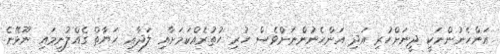
އަންހެނުންނަކީ ދީނަށްހުރި އަދި އަންހެނުންނަށްވެސް ހުރި ހުތުރެއްކަމަށާއި ލަދާއި ޙަޔާތް ގެއްލުނީމައި ނޫޅޭނެ